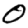
Digit: 0